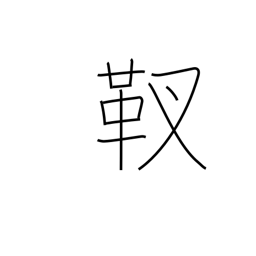
Meaning: quiver